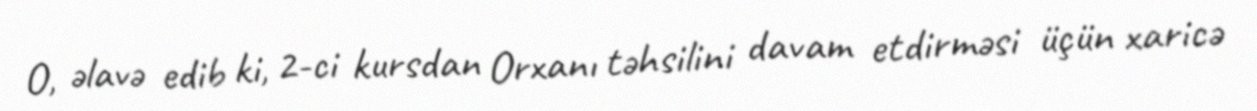
O, əlavə edib ki, 2-ci kursdan Orxanı təhsilini davam etdirməsi üçün xaricə